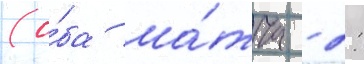
(о́ба ма́тча - 2: